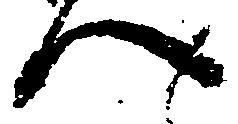
へ